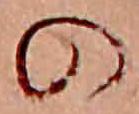
の